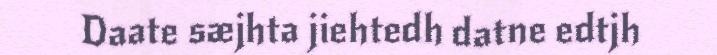
Daate sæjhta jiehtedh datne edtjh